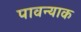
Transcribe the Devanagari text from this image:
पावन्याक